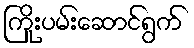
ကြိုးပမ်းဆောင်ရွက်